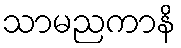
သာမညကာနိ